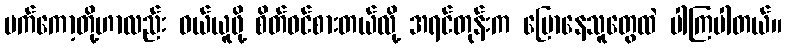
မက်ကော့တို့ဟာလည်း ဝယ်ယူဖို့ စိတ်ဝင်စားတယ်လို့ အရင်တုန်းက ပြောနေသူတွေထဲ ပါကြပါတယ်။